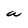
Character: a